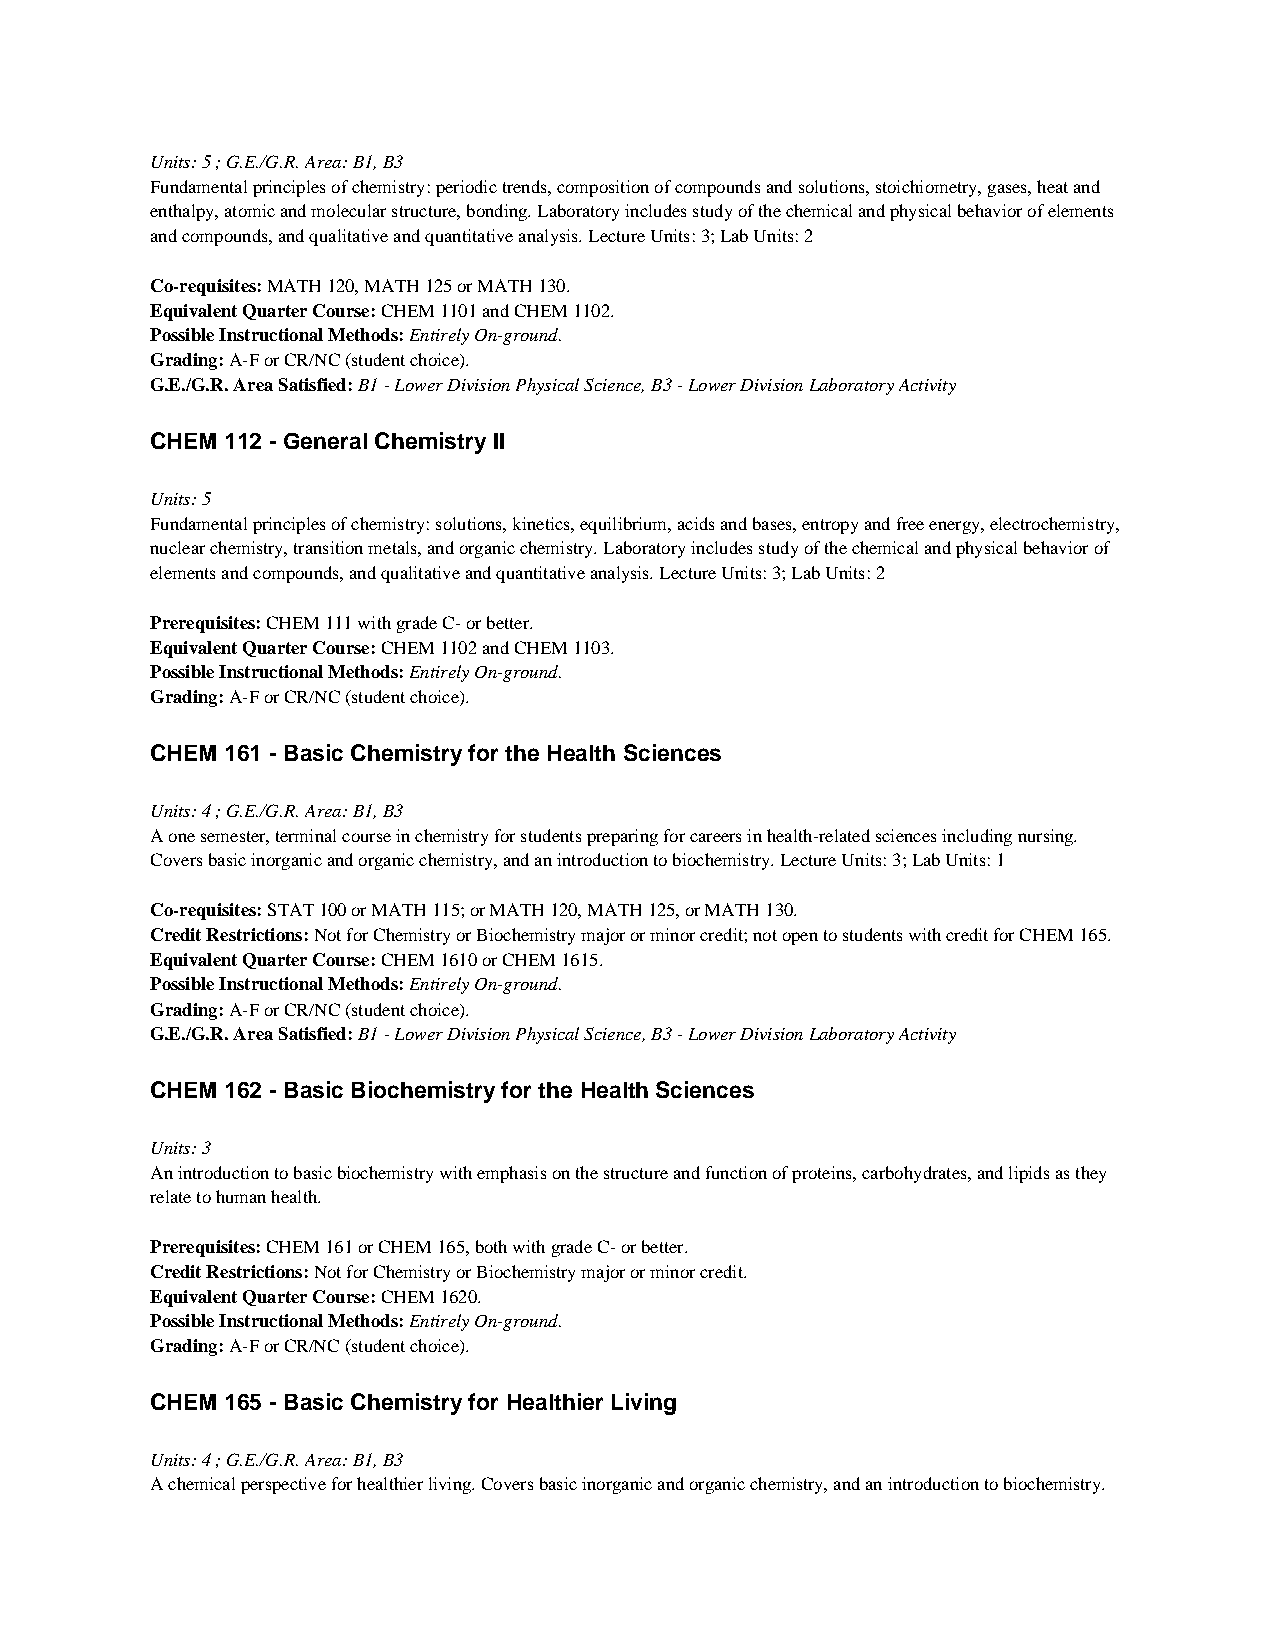
Units: 5 ; G.E./G.R. Area: B1, B3
 Fundamental principles of chemistry: periodic trends, composition of compounds and solutions, stoichiometry, gases, heat and
 enthalpy, atomic and molecular structure, bonding. Laboratory includes study of the chemical and physical behavior of elements
 and compounds, and qualitative and quantitative analysis. Lecture Units: 3; Lab Units: 2
 Co-requisites: MATH 120, MATH 125 or MATH 130.
 Equivalent Quarter Course: CHEM 1101 and CHEM 1102.
 Possible Instructional Methods: Entirely On-ground.
 Grading: A-F or CR/NC (student choice).
 G.E./G.R. Area Satisfied: B1 - Lower Division Physical Science, B3 - Lower Division Laboratory Activity
 CHEM 112 - General Chemistry II
 Units: 5
 Fundamental principles of chemistry: solutions, kinetics, equilibrium, acids and bases, entropy and free energy, electrochemistry,
 nuclear chemistry, transition metals, and organic chemistry. Laboratory includes study of the chemical and physical behavior of
 elements and compounds, and qualitative and quantitative analysis. Lecture Units: 3; Lab Units: 2
 Prerequisites: CHEM 111 with grade C- or better.
 Equivalent Quarter Course: CHEM 1102 and CHEM 1103.
 Possible Instructional Methods: Entirely On-ground.
 Grading: A-F or CR/NC (student choice).
 CHEM 161 - Basic Chemistry for the Health Sciences
 Units: 4 ; G.E./G.R. Area: B1, B3
 A one semester, terminal course in chemistry for students preparing for careers in health-related sciences including nursing.
 Covers basic inorganic and organic chemistry, and an introduction to biochemistry. Lecture Units: 3; Lab Units: 1
 Co-requisites: STAT 100 or MATH 115; or MATH 120, MATH 125, or MATH 130.
 Credit Restrictions: Not for Chemistry or Biochemistry major or minor credit; not open to students with credit for CHEM 165.
 Equivalent Quarter Course: CHEM 1610 or CHEM 1615.
 Possible Instructional Methods: Entirely On-ground.
 Grading: A-F or CR/NC (student choice).
 G.E./G.R. Area Satisfied: B1 - Lower Division Physical Science, B3 - Lower Division Laboratory Activity
 CHEM 162 - Basic Biochemistry for the Health Sciences
 Units: 3
 An introduction to basic biochemistry with emphasis on the structure and function of proteins, carbohydrates, and lipids as they
 relate to human health.
 Prerequisites: CHEM 161 or CHEM 165, both with grade C- or better.
 Credit Restrictions: Not for Chemistry or Biochemistry major or minor credit.
 Equivalent Quarter Course: CHEM 1620.
 Possible Instructional Methods: Entirely On-ground.
 Grading: A-F or CR/NC (student choice).
 CHEM 165 - Basic Chemistry for Healthier Living
 Units: 4 ; G.E./G.R. Area: B1, B3
 A chemical perspective for healthier living. Covers basic inorganic and organic chemistry, and an introduction to biochemistry.